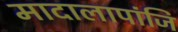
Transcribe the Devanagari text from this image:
मादालापांजि